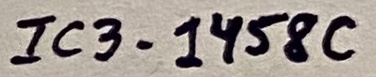
Text: IC3-1458C